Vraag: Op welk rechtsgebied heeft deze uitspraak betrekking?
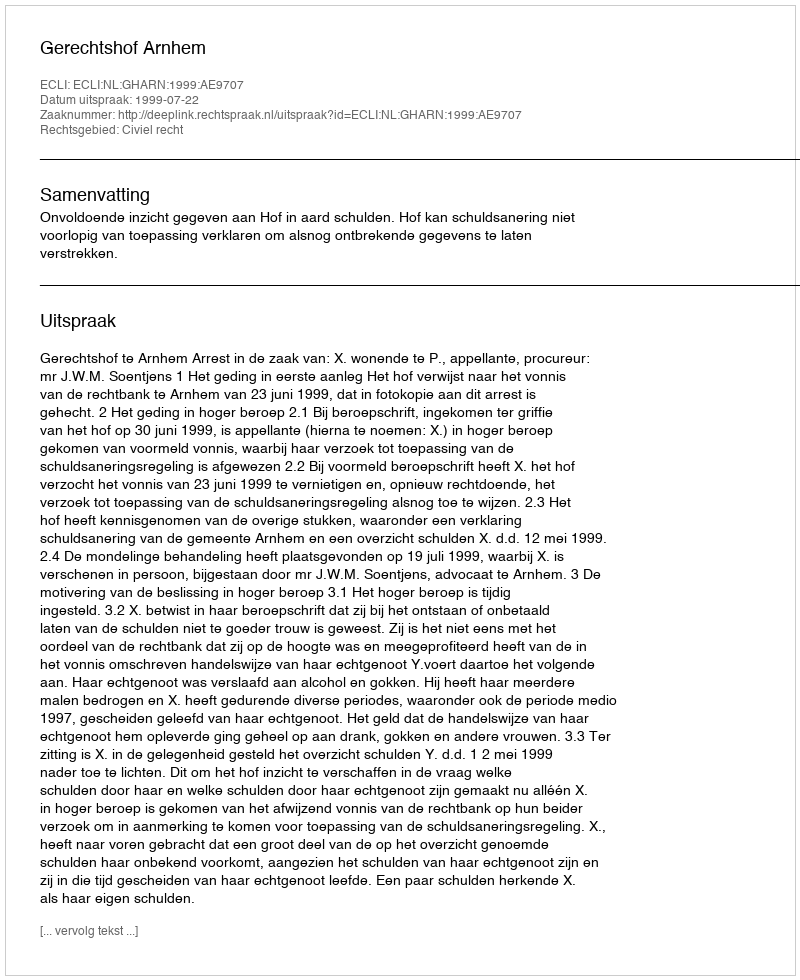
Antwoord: Civiel recht